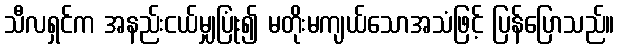
သီလရှင်က အနည်းငယ်မျှပြုံး၍ မတိုးမကျယ်သောအသံဖြင့် ပြန်ပြောသည်။